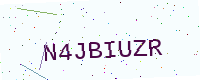
Text: N4JBIUZR